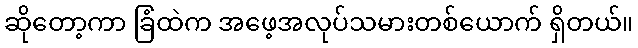
ဆိုတော့ကာ ခြံထဲက အဖေ့အလုပ်သမားတစ်ယောက် ရှိတယ်။